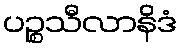
ပဉ္စသီလာနိဒံ